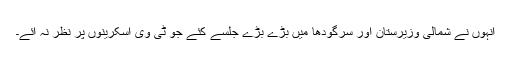
انہوں نے شمالی وزیرستان اور سرگودھا میں بڑے بڑے جلسے کئے جو ٹی وی اسکرینوں پر نظر نہ آئے۔